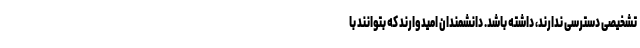
تشخیصی دسترسی ندارند، داشته باشد. دانشمندان امیدوارند که بتوانند با